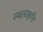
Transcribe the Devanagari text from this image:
स्थलाकृत्ति